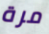
مرة